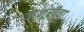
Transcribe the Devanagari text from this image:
जेजूरीचा